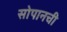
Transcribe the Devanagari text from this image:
सोपानची